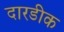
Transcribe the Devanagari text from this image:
दारडीक